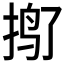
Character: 𱟿